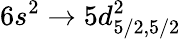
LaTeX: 6s^{2}\rightarrow 5d_{5/2,5/2}^{2}